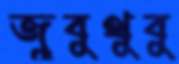
জুবুথুবু